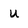
Character: U